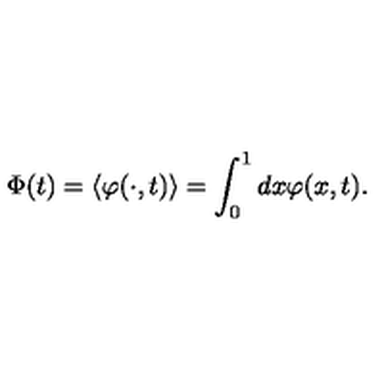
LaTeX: { \Phi } ( t ) = \left\langle \varphi ( \cdot , t ) \right\rangle = \int _ { 0 } ^ { 1 } d x \varphi ( x , t ) .